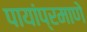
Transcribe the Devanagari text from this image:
पायांप्रमाणे